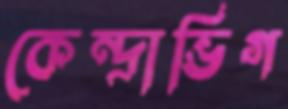
কেন্দ্রাভিগ